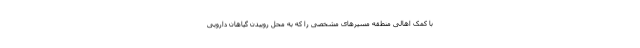
با کمک اهالی منطقه مسیرهای مشخصی را که به محل روییدن گیاهان دارویی